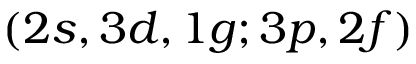
( 2 s , 3 d , 1 g ; 3 p , 2 f )